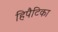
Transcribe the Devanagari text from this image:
हिपैटिका